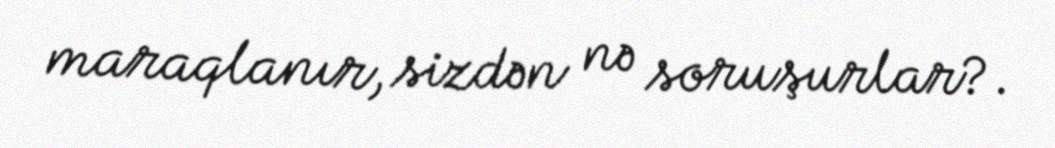
maraqlanır, sizdən nə soruşurlar?.